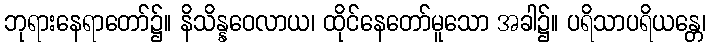
ဘုရားနေရာတော်၌။ နိသိန္နဝေလာယ၊ ထိုင်နေတော်မူသော အခါ၌။ ပရိသာပရိယန္တေ၊